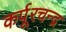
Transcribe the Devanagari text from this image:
कर्पूरचन्द्र